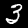
Digit: 3